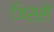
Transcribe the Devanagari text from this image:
जिस्‍से